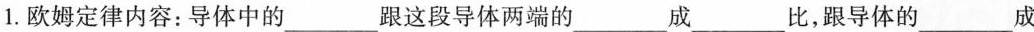
1.欧姆定律内容：导体中的_____跟这段导体两端的___成____比，跟导体的____成